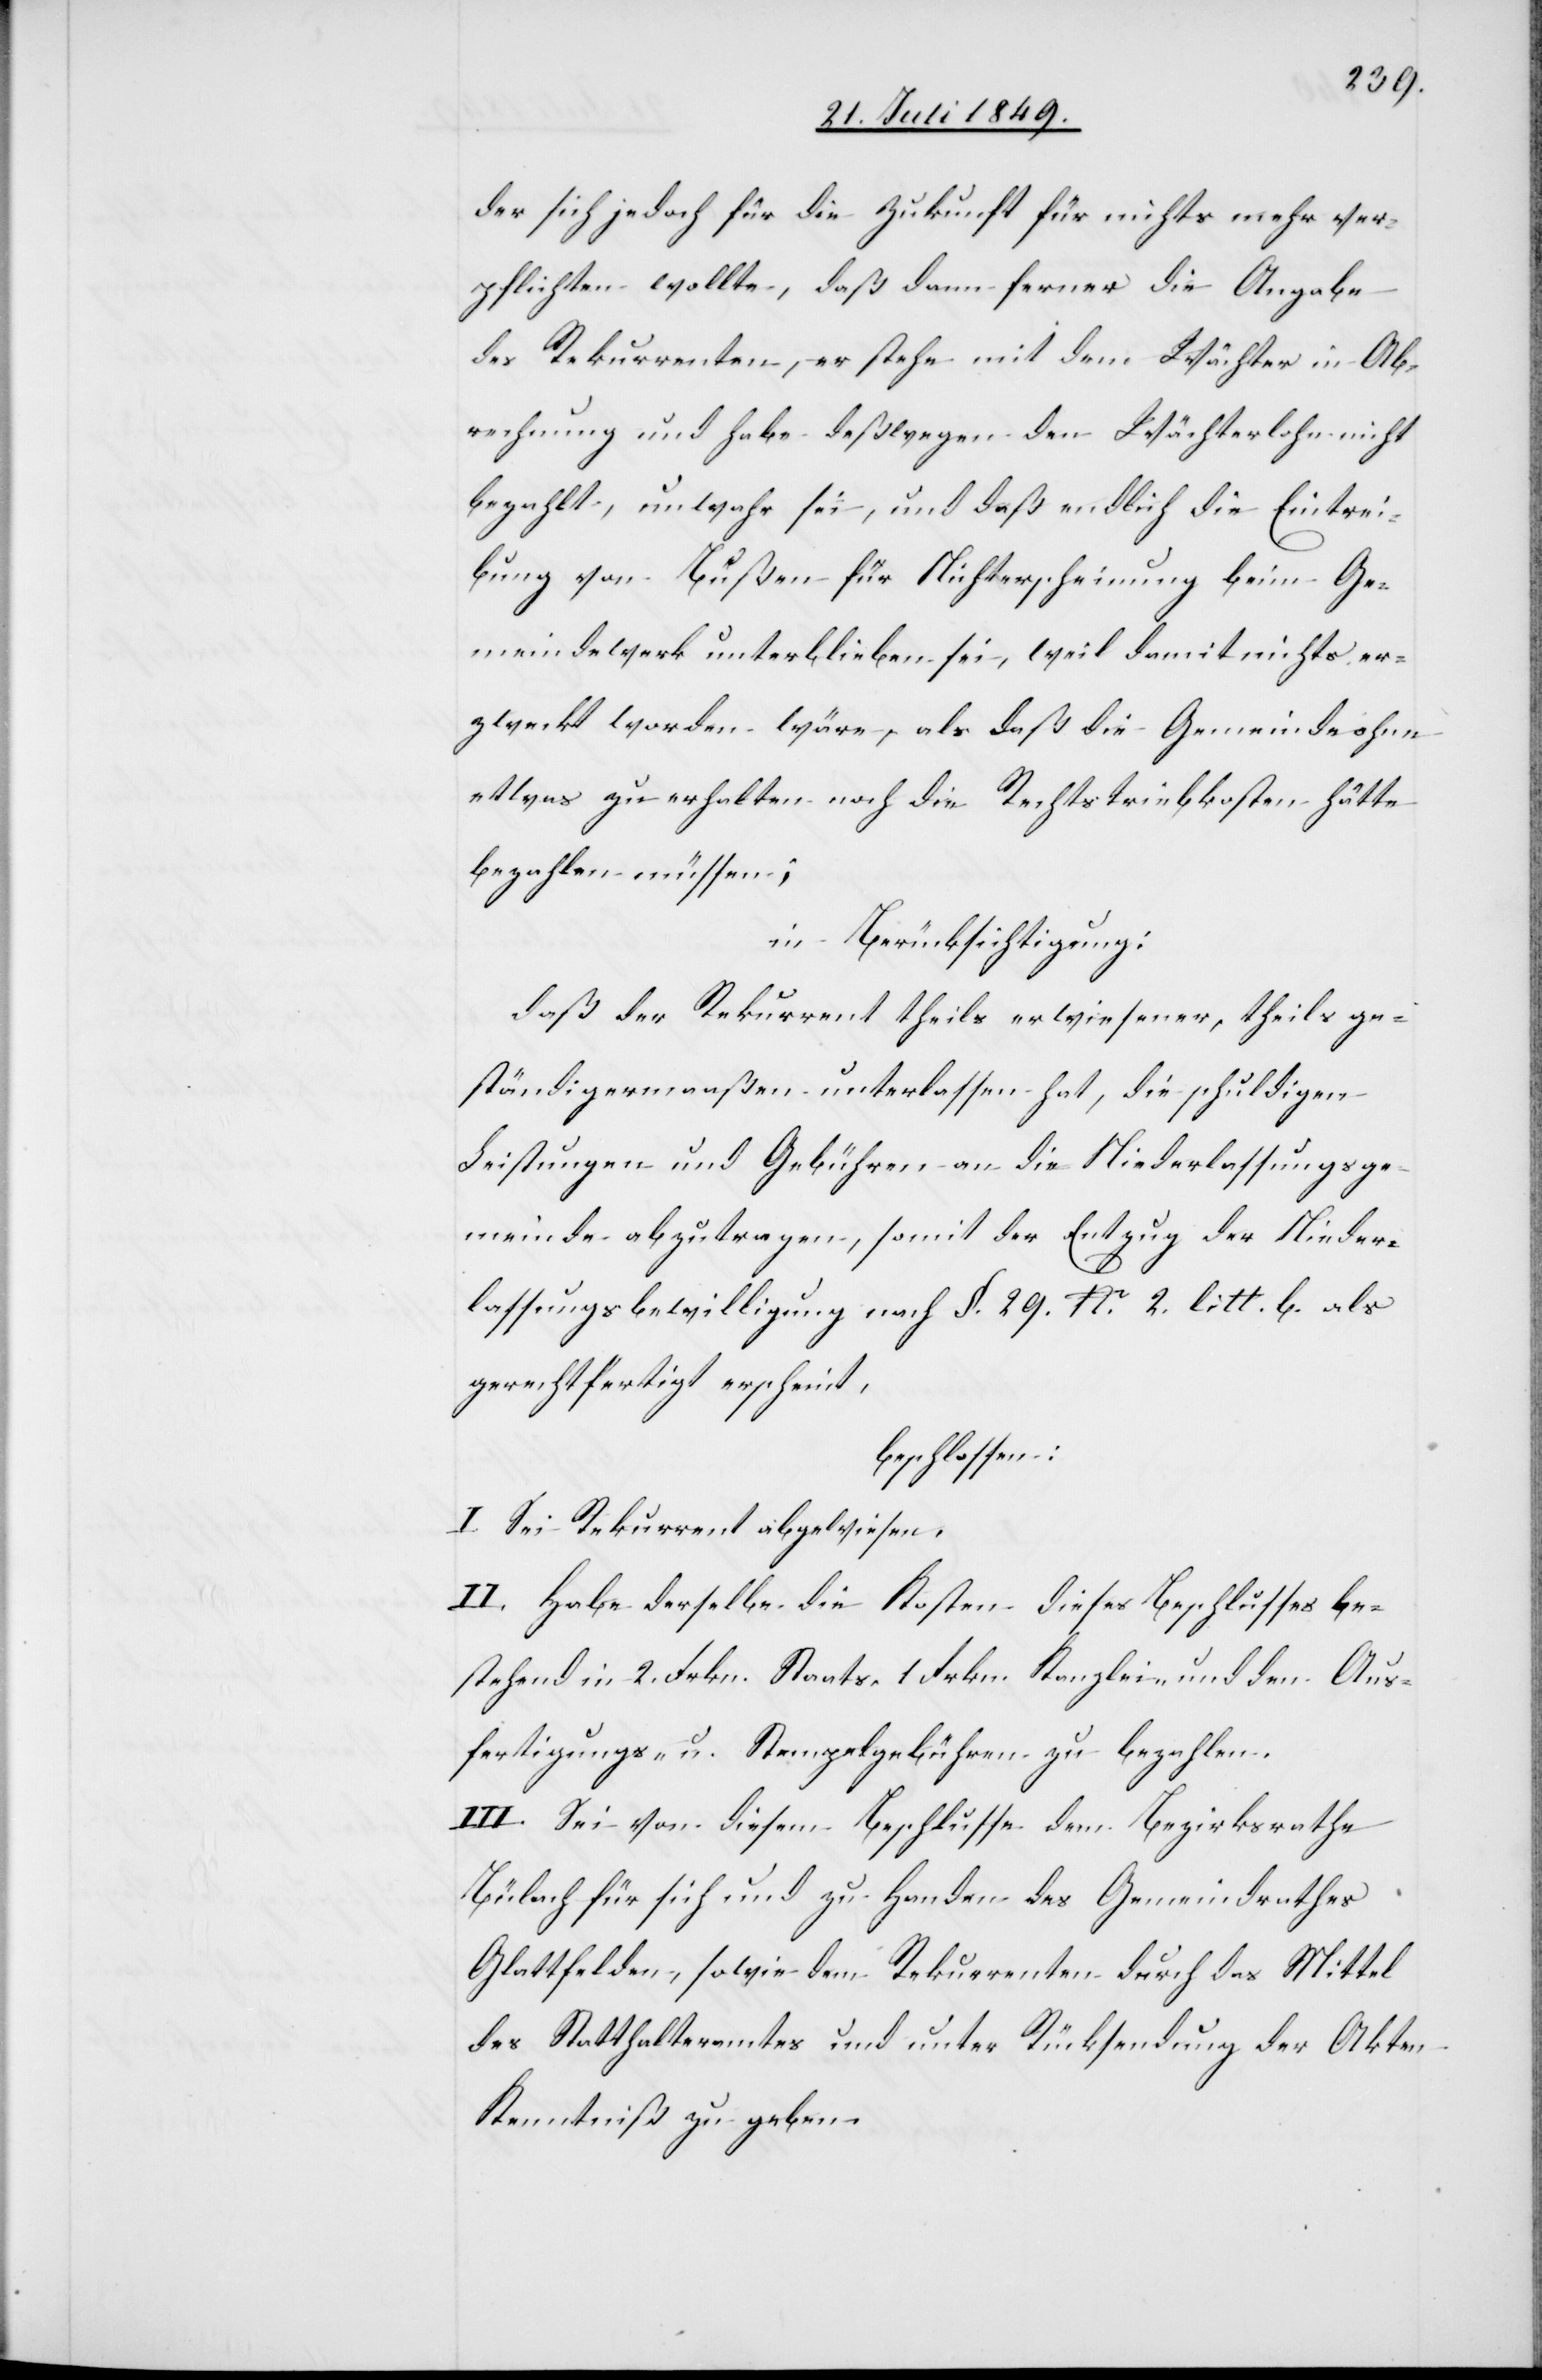
der sich jedoch für die Zukunft für nichts mehr ver¬
pflichten wollte, daß dann ferner die Angabe
des Rekurrenten, er stehe mit dem Wächter in Ab¬
rechnung und habe deßwegen den Wächterlohn nicht
bezahlt, unwahr sei, und daß endlich die Eintrei¬
bung von Bußen für Nichterscheinung beim Ge¬
meindwerk unterblieben sei, weil damit nichts er¬
zweckt worden wäre, als daß die Gemeinde ohne
etwas zu erhalten noch die Rechtstriebkosten hätte
bezahlen müssen;
in Berücksichtigung:
daß der Rekurrent theils erwiesener, theils ge¬
ständigermaaßen unterlassen hat, die schuldigen
Leistungen und Gebühren an die Niederlassungsge¬
meinde abzutragen, somit der Entzug der Nieder¬
lassungsbewilligung nach §. 29. No. 2. litt. b. als
gerechtfertigt erscheint,
beschlossen:
I. Sei Rekurrent abgewiesen.
II. Habe derselbe die Kosten dieses Beschlusses be¬
stehend in 2. Frkn. Staats, 1. Frkn. Kanzlei- und den Aus¬
fertigungs- u. Stempelgebühren zu bezahlen.
III. Sei von diesem Beschlusse dem Bezirksrathe
Bülach für sich und zu Handen des Gemeindrathes
Glattfelden, sowie dem Rekurrenten durch das Mittel
des Statthalteramtes und unter Rücksendung der Akten
Kenntniß zu geben.